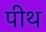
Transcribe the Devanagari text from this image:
पीथ